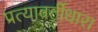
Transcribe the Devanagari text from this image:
प्रत्यावर्तीधारा